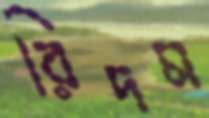
রিদম